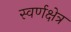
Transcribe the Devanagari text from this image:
स्वर्णक्षेत्र